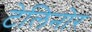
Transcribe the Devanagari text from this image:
टेलिनोर